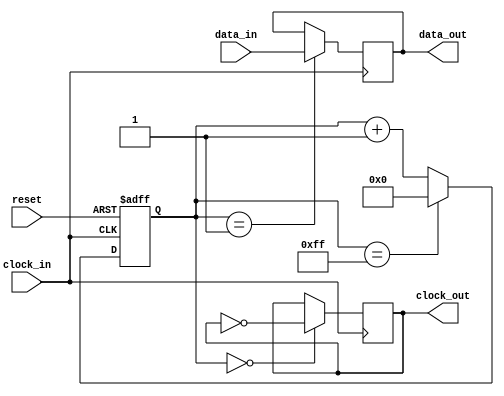
module spi_controller (
    input wire reset,
    input wire clock_in,
    input wire data_in,
    output reg clock_out,
    output reg data_out
);

reg [7:0] counter;

always @ (posedge clock_in or posedge reset)
begin
    if (reset)
        counter <= 8'h00;
    else
    begin
        counter <= counter + 1;
        
        if (counter == 8'hFF)
            counter <= 8'h00;
    end
end

always @ (posedge clock_in)
begin
    if (counter == 8'h00)
        clock_out <= ~clock_out;
end

always @ (posedge clock_in)
begin
    if (counter == 8'h01)
        data_out <= data_in;
end

endmodule